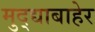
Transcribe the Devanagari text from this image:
मुद्द्याबाहेर